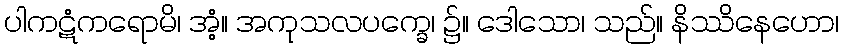
ပါကဋံကရောမိ၊ အံ့။ အကုသလပက္ခေ၊ ၌။ ဒေါသော၊ သည်။ နိဿိနေဟော၊